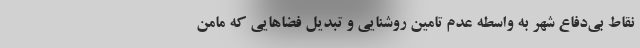
نقاط بی‌دفاع شهر به واسطه ‌عدم تامین روشنایی و تبدیل فضاهایی که مامن